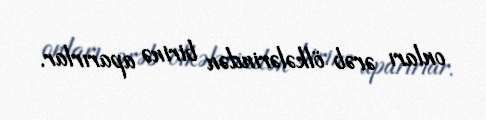
onları ərəb ölkələrindən birinə aparırlar.